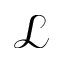
\mathcal L